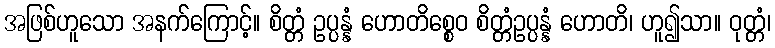
အဖြစ်ဟူသော အနက်ကြောင့်။ စိတ္တံ ဥပ္ပန္နံ ဟောတိစ္စေဝ စိတ္တံဥပ္ပန္နံ ဟောတိ၊ ဟူ၍သာ။ ဝုတ္တံ၊